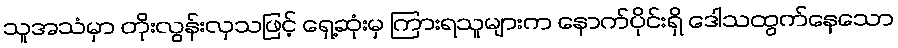
သူအသံမှာ တိုးလွန်းလှသဖြင့် ရှေ့ဆုံးမှ ကြားရသူများက နောက်ပိုင်းရှိ ဒေါသထွက်နေသော